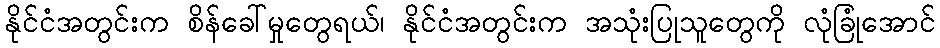
နိုင်ငံအတွင်းက စိန်ခေါ်မှုတွေရယ်၊ နိုင်ငံအတွင်းက အသုံးပြုသူတွေကို လုံခြုံအောင်